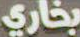
بخاري